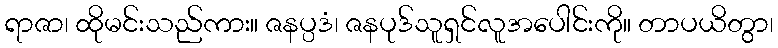
ရာဇာ၊ ထိုမင်းသည်ကား။ ဇနပ္ပဒံ၊ ဇနပုဒ်သူရှင်လူအပေါင်းကို။ တာပယိတွာ၊